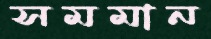
সমমান